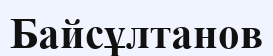
Байсұлтанов